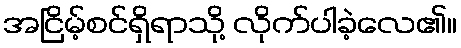
အငြိမ့်စင်ရှိရာသို့ လိုက်ပါခဲ့လေ၏။